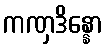
ကဏှဒိန္နော